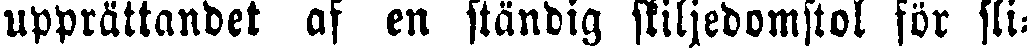
upprättandet af en ständig skiljedomstol för sli-